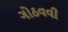
ગોઠવવી